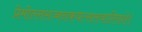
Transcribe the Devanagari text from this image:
प्रेमोल्लसज्जनकवत्सलवारिराशे।